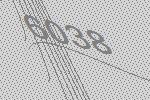
6038